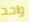
واحد